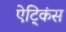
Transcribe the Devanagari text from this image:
ऐट्किंस